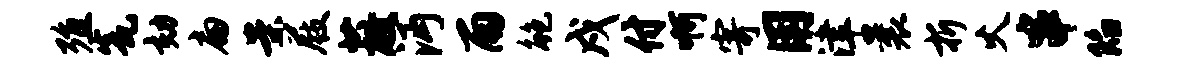
殖瓮劾扁案屐蔽沔雨鲍戍付啊寄用津曩折火串陷